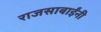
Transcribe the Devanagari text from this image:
राजसाबाईंनी